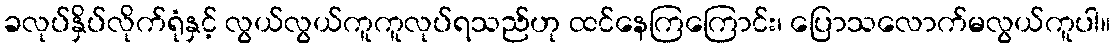
ခလုပ်နှိပ်လိုက်ရုံနှင့် လွယ်လွယ်ကူကူလုပ်ရသည်ဟု ထင်နေကြကြောင်း၊ ပြောသလောက်မလွယ်ကူပါ။